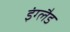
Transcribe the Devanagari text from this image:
इंग्‍लैड